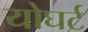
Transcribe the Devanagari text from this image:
योघर्ट